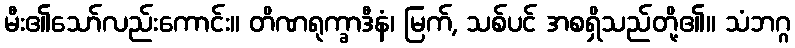
မီး၏သော်လည်းကောင်း။ တိဏရုက္ခာဒီနံ၊ မြက်, သစ်ပင် အစရှိသည်တို့၏။ သံဘဂ္ဂ